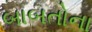
બાબતોના